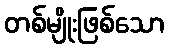
တစ်မျိုးဖြစ်သော